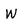
Character: W